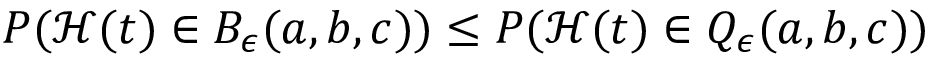
\begin{array} { r } { P ( \mathcal { H } ( t ) \in B _ { \epsilon } ( a , b , c ) ) \leq P ( \mathcal { H } ( t ) \in Q _ { \epsilon } ( a , b , c ) ) } \end{array}